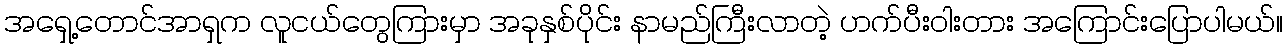
အရှေ့တောင်အာရှက လူငယ်တွေကြားမှာ အခုနှစ်ပိုင်း နာမည်ကြီးလာတဲ့ ဟက်ပီးဝါးတား အကြောင်းပြောပါမယ်။